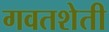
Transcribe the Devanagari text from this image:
गवतशेती